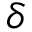
\delta